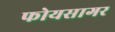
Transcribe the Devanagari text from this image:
फोयसागर